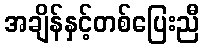
အချိန်နှင့်တစ်ပြေးညီ